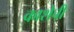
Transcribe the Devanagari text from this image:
काशेची